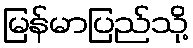
မြန်မာပြည်သို့